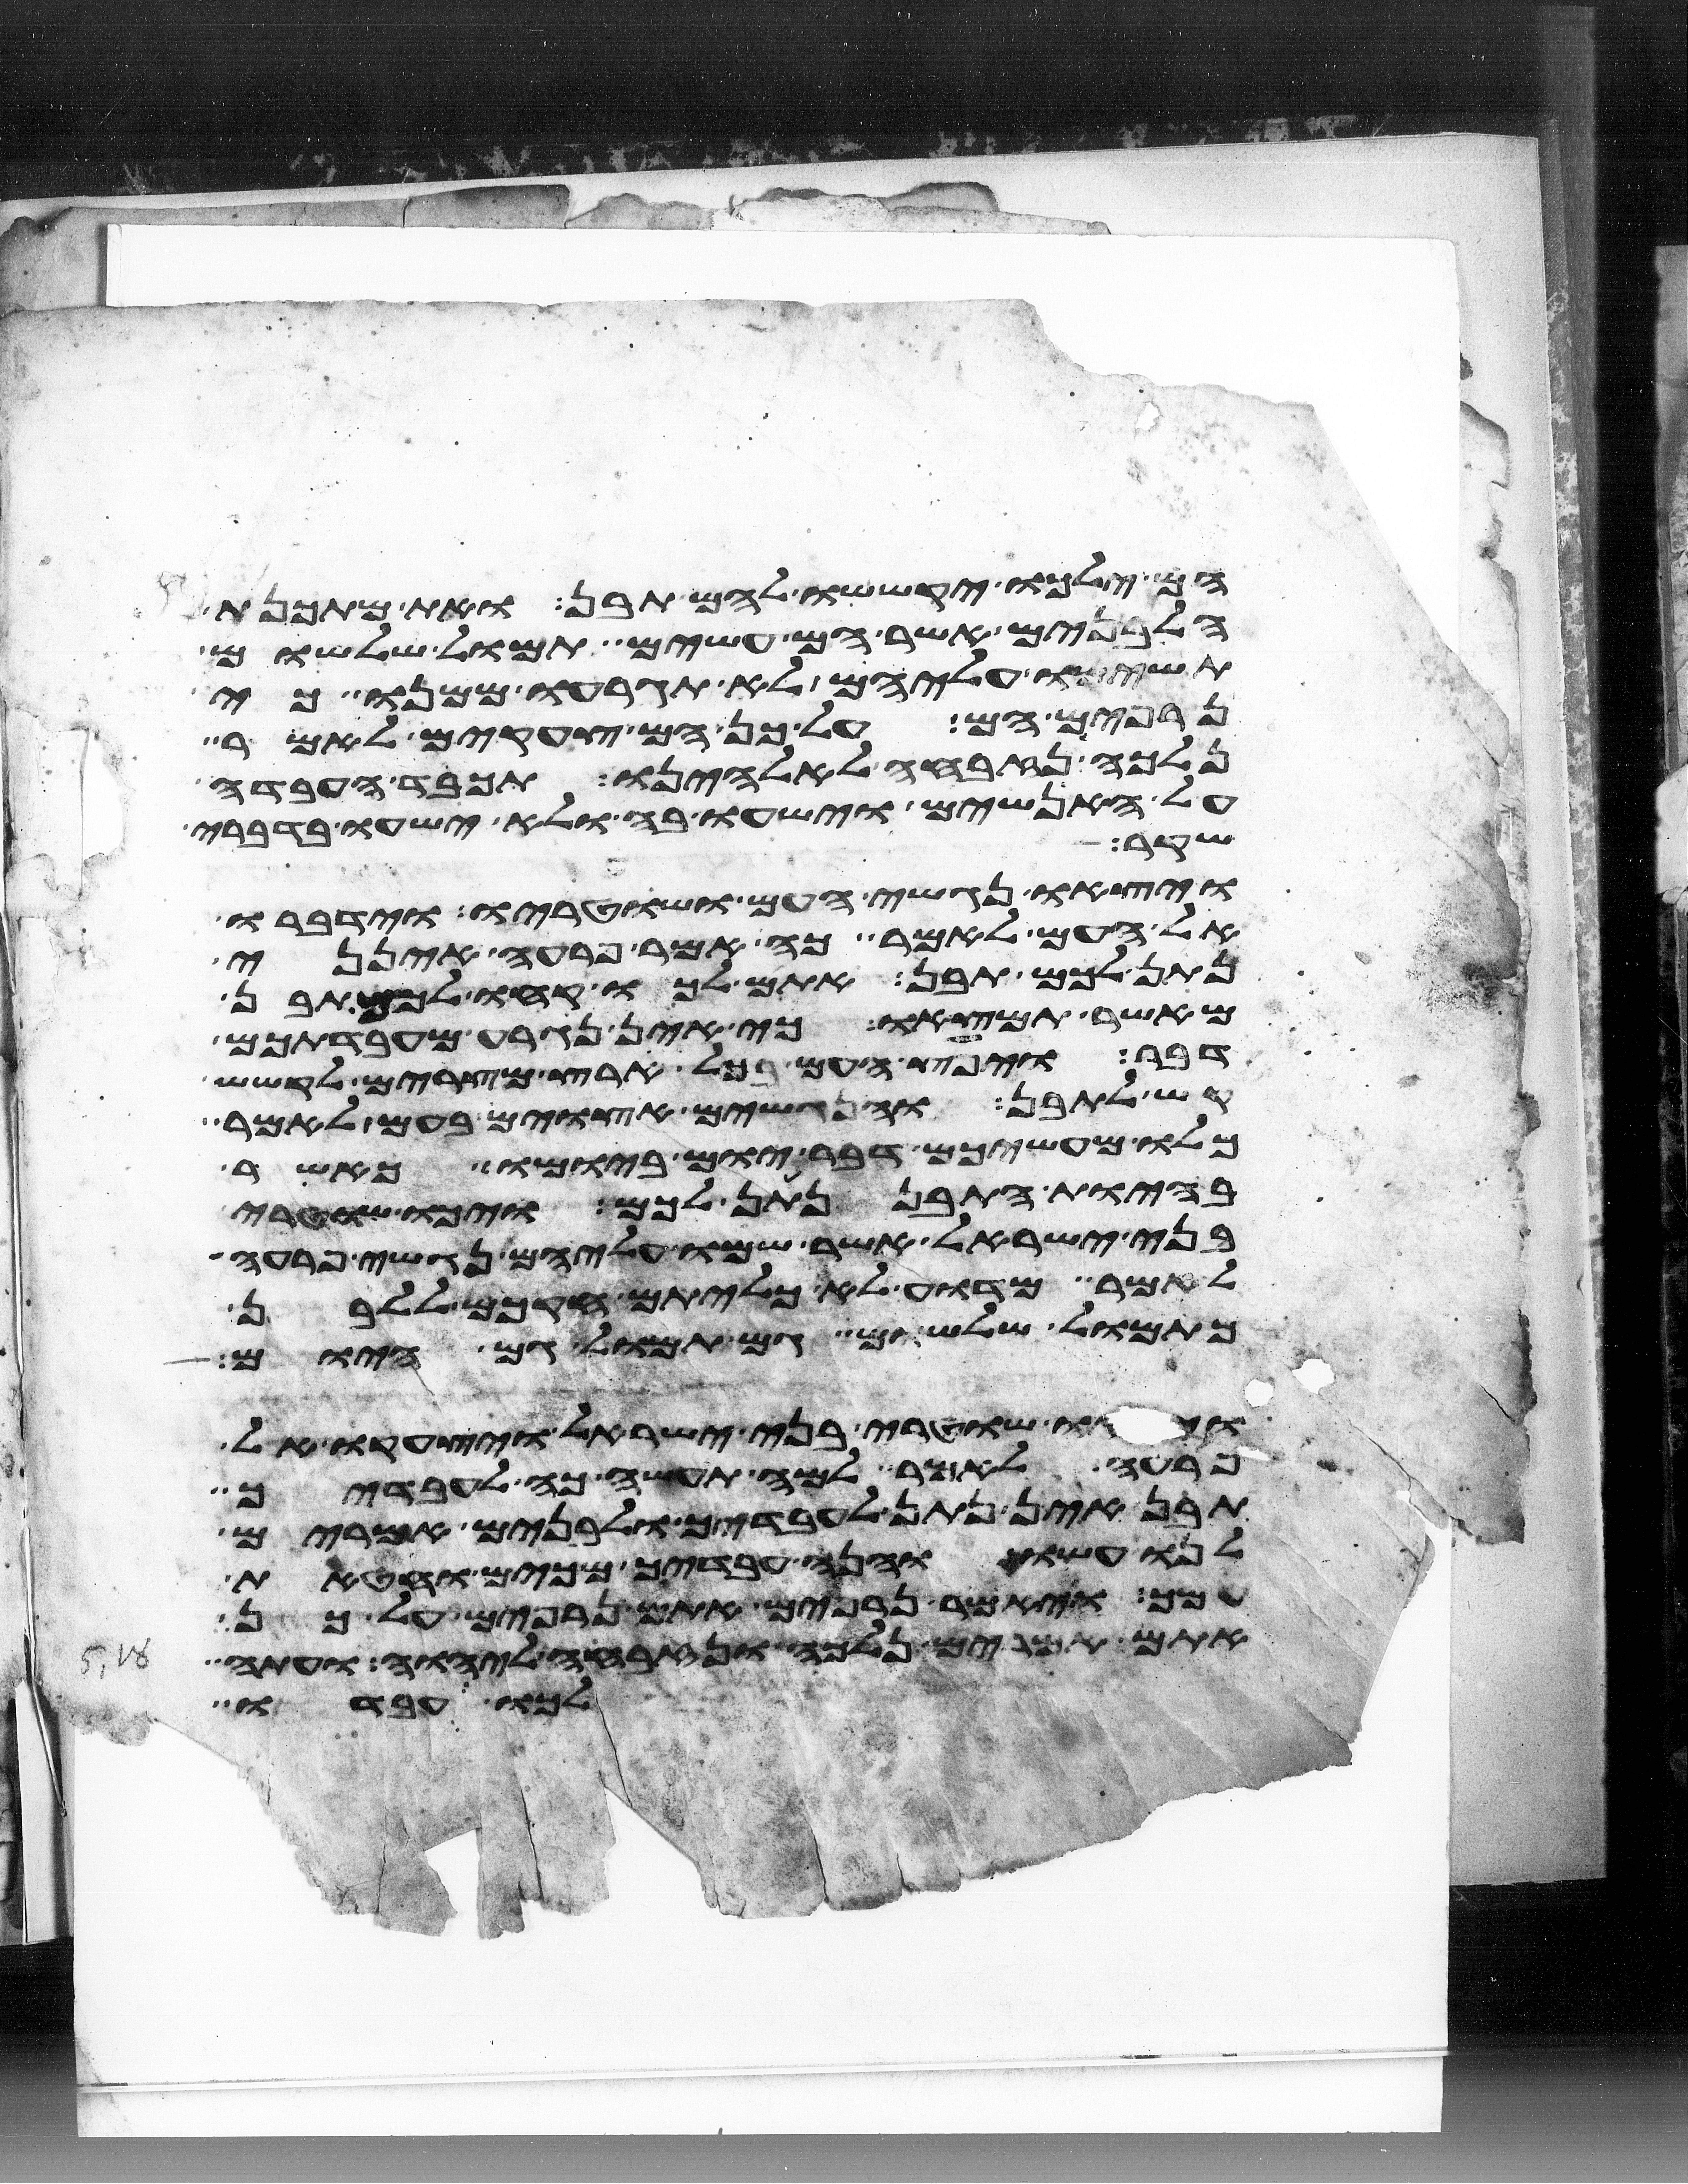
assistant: הם ילכו יקששו להם תבן ואת מתכנת
הלבנים אשר הם עשים תמול שלשום
תשימו עליהם לא תגרעו ממנו כי
נרפים הם על כן הם צעקים לאמר
נלכה נזבחה לאלהינו תכבד העבדה
על האנשים וישעו בה ולא ישעו בדברי
שקר
ויצאו נגשי העם ושוטריו וידברו
אל העם לאמר כה אמר פרעה אינני
נתן לכם תבן אתם לכו קחו לכם תבן
מאשר תמצאו כי אין נגרע מעבדתכם
דבר ויפץ העם בכל ארץ מצרים לקשש
קש לתבן והנגשים אצוים בעם לאמר
כלו מעשיכם דבר יום ביומו כאשר
בהיות התבן נתן לכם ויכו שוטרי
בני ישראל אשר שמו עליהם נגשי פרעה
לאמר מדוע לא כליתם חקכם ללבן
כתמול שלשום גם תמול גם היום
ויבאו שוטרי בני ישראל ויצעקו אל
פרעה לאמר למה תעשה כה לעבדיך
תבן אין נתן לעבדיך ולבנים אמרים
לנו עשו והנה עבדיך מכים וחטאת
עמך ויאמר נרפים אתם נרפים על כן
אתם אמרים נלכה נזבחה ליהוה ועתה
לכו עבדו